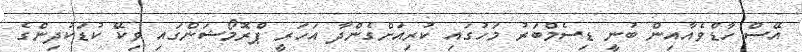
އޭސް ހާޑްވެއާއިން ބުނީ ޑިސެމްބަރު މަހުގައި ކުރިއަށްގެންދާ އަހަރީ ޕްރޮމޯޝަންގައި ވިކޭ ކުޑަކުދިންގެ